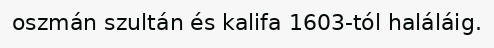
oszmán szultán és kalifa 1603-tól haláláig.